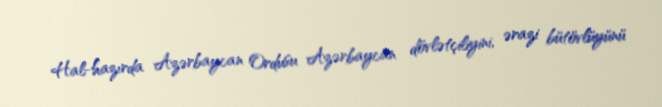
Hal-hazırda Azərbaycan Ordusu Azərbaycan dövlətçiliyini, ərazi bütövlüyünü